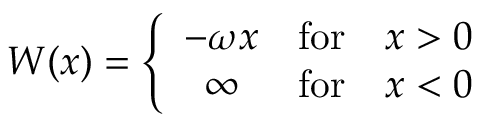
W ( x ) = \left\{ \begin{array} { c l l } { { - \omega x } } & { { \mathrm { f o r } } } & { { x > 0 } } \\ { { \infty } } & { { \mathrm { f o r } } } & { { x < 0 } } \end{array} \right.